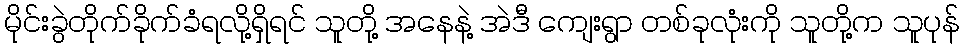
မိုင်းခွဲတိုက်ခိုက်ခံရလို့ရှိရင် သူတို့ အနေနဲ့ အဲဒီ ကျေးရွာ တစ်ခုလုံးကို သူတို့က သူပုန်